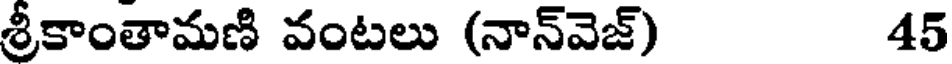
శ్రీకాంతామణి వంటలు (నాన్వెజ్) 45